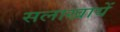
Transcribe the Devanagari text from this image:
सलाखायें